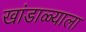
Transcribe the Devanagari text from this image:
खांडाळ्याला